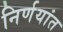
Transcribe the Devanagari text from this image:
निर्णयांत